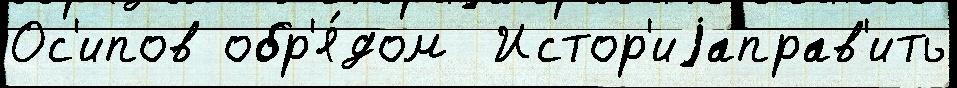
Ос'ипов обр'я́дом  Истор'иjаправ'ить